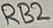
Text: RB2